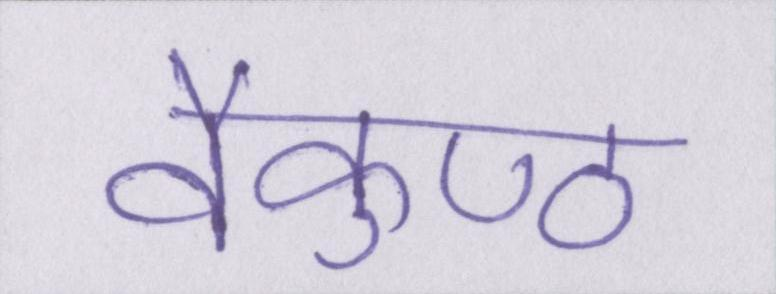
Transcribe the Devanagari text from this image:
वैकुण्ठ